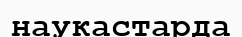
наукастарда